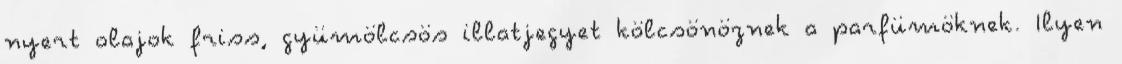
nyert olajok friss, gyümölcsös illatjegyet kölcsönöznek a parfümöknek. Ilyen